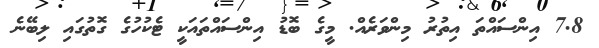
7.8 އިންސައްތަ އިތުރު މިންވަރެއް. މީގެ ބޮޑު އިންސައްތައަކީ ޓެކުހުގެ ގޮތުގައި ލިބޭނެ